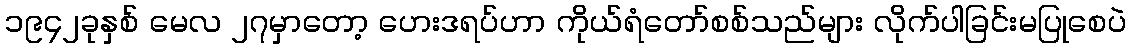
၁၉၄၂ခုနှစ် မေလ ၂၇မှာတော့ ဟေးဒရပ်ဟာ ကိုယ်ရံတော်စစ်သည်များ လိုက်ပါခြင်းမပြုစေပဲ